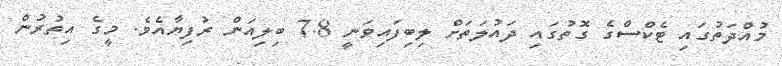
މުއްދަތުގައި ޓެކްސްގެ ގޮތުގައި ދައުލަތަށް ލިބިފައިވަނީ 7.8 ބިލިއަން ރުފިޔާއެވެ. މީގެ އިތުރުން